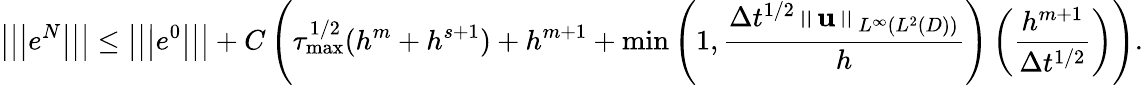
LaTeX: \left\vert\left\vert\left\vert e^{N}\right\vert\right\vert\right\vert\leq\left\vert\left\vert\left\vert e^{0}\right\vert\right\vert\right\vert+C\left(\tau_{\operatorname*{max}}^{1/2}(h^{m}+h^{s+1})+h^{m+1}+\operatorname*{min}\left(1,\frac{\Delta t^{1/2}\left\Vert\mathbf{u}\right\Vert_{L^{\infty}(L^{2}(D))}}{h}\right)\left(\frac{h^{m+1}}{\Delta t^{1/2}}\right)\right).